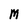
Character: M